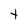
Character: t